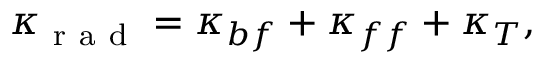
\kappa _ { \mathrm { ~ r ~ a ~ d ~ } } = \kappa _ { b f } + \kappa _ { f f } + \kappa _ { T } ,